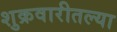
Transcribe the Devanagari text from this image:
शुक्रवारीतल्या